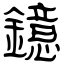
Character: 鐿